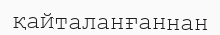
қайталанғаннан